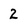
Character: 2